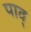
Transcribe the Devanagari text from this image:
पाव्